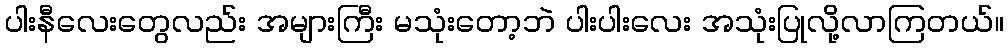
ပါးနီလေးတွေလည်း အများကြီး မသုံးတော့ဘဲ ပါးပါးလေး အသုံးပြုလို့လာကြတယ်။